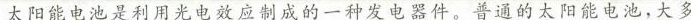
太阳能电池是利用光电效应制成的一种发电器件。普通的太阳能电池，大多